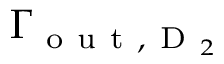
\Gamma _ { \mathrm { ~ o ~ u ~ t ~ } , \mathrm { ~ D ~ } _ { 2 } }